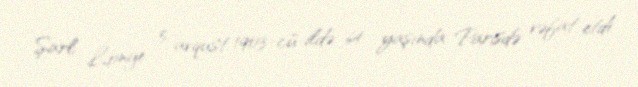
Şarl Longe 5 avqust 1903-cü ildə 64 yaşında Parisdə vəfat etdi.